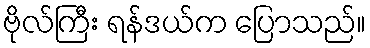
ဗိုလ်ကြီး ရန်ဒယ်က ပြောသည်။